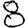
Digit: 8